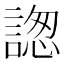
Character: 𧩪